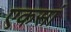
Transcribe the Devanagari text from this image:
एकसां